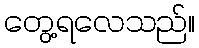
တွေ့ရလေသည်။